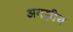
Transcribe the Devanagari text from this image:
अयज्ञीय